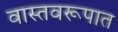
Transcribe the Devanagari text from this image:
वास्तवरूपात